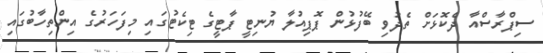
ސިޕްރާސްއާ ދެކޮޅަށް ތެދުވި ބޭފުޅުން ޕޮޕިއުލާ ޔުނިޓީ ޕާޓީގެ ޓިކެޓުގައި މިފަހަރުގެ އިންތިހާބުގައި